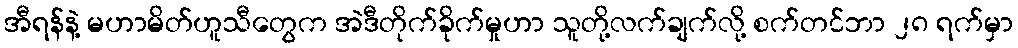
အီရန်နဲ့ မဟာမိတ်ဟူသီတွေက အဲဒီတိုက်ခိုက်မှုဟာ သူတို့လက်ချက်လို့ စက်တင်ဘာ ၂၈ ရက်မှာ